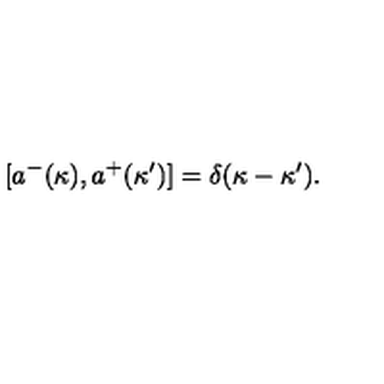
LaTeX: [ a ^ { - } ( \kappa ) , a ^ { + } ( \kappa ^ { \prime } ) ] = \delta ( \kappa - \kappa ^ { \prime } ) .